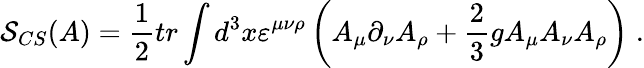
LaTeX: \mathcal{S}_{CS}(A)=\frac 12tr\int d^{3}x\varepsilon^{\mu\nu\rho}\left(A_{\mu}\partial_{\nu}A_{\rho}+\frac 23gA_{\mu}A_{\nu}A_{\rho}\right)\; .